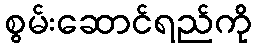
စွမ်းဆောင်ရည်ကို